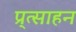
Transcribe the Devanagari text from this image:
प्र्त्साहन